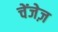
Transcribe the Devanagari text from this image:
चेंजेज़